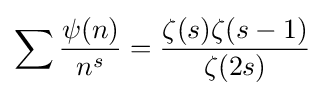
\sum {\frac {\psi (n)}{n^{s}}}={\frac {\zeta (s)\zeta (s-1)}{\zeta (2s)}}